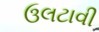
ઉલટાવી